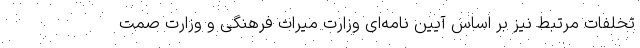
تخلفات مرتبط نیز بر اساس آیین نامه‌ای وزارت میراث فرهنگی و وزارت صمت